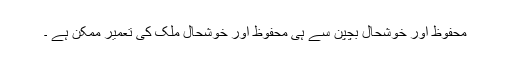
محفوظ اور خوشحال بچپن سے ہی محفوظ اور خوشحال ملک کی تعمیر ممکن ہے ۔